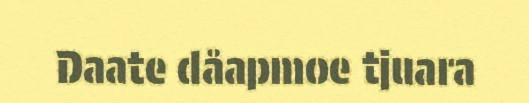
Daate dåapmoe tjuara